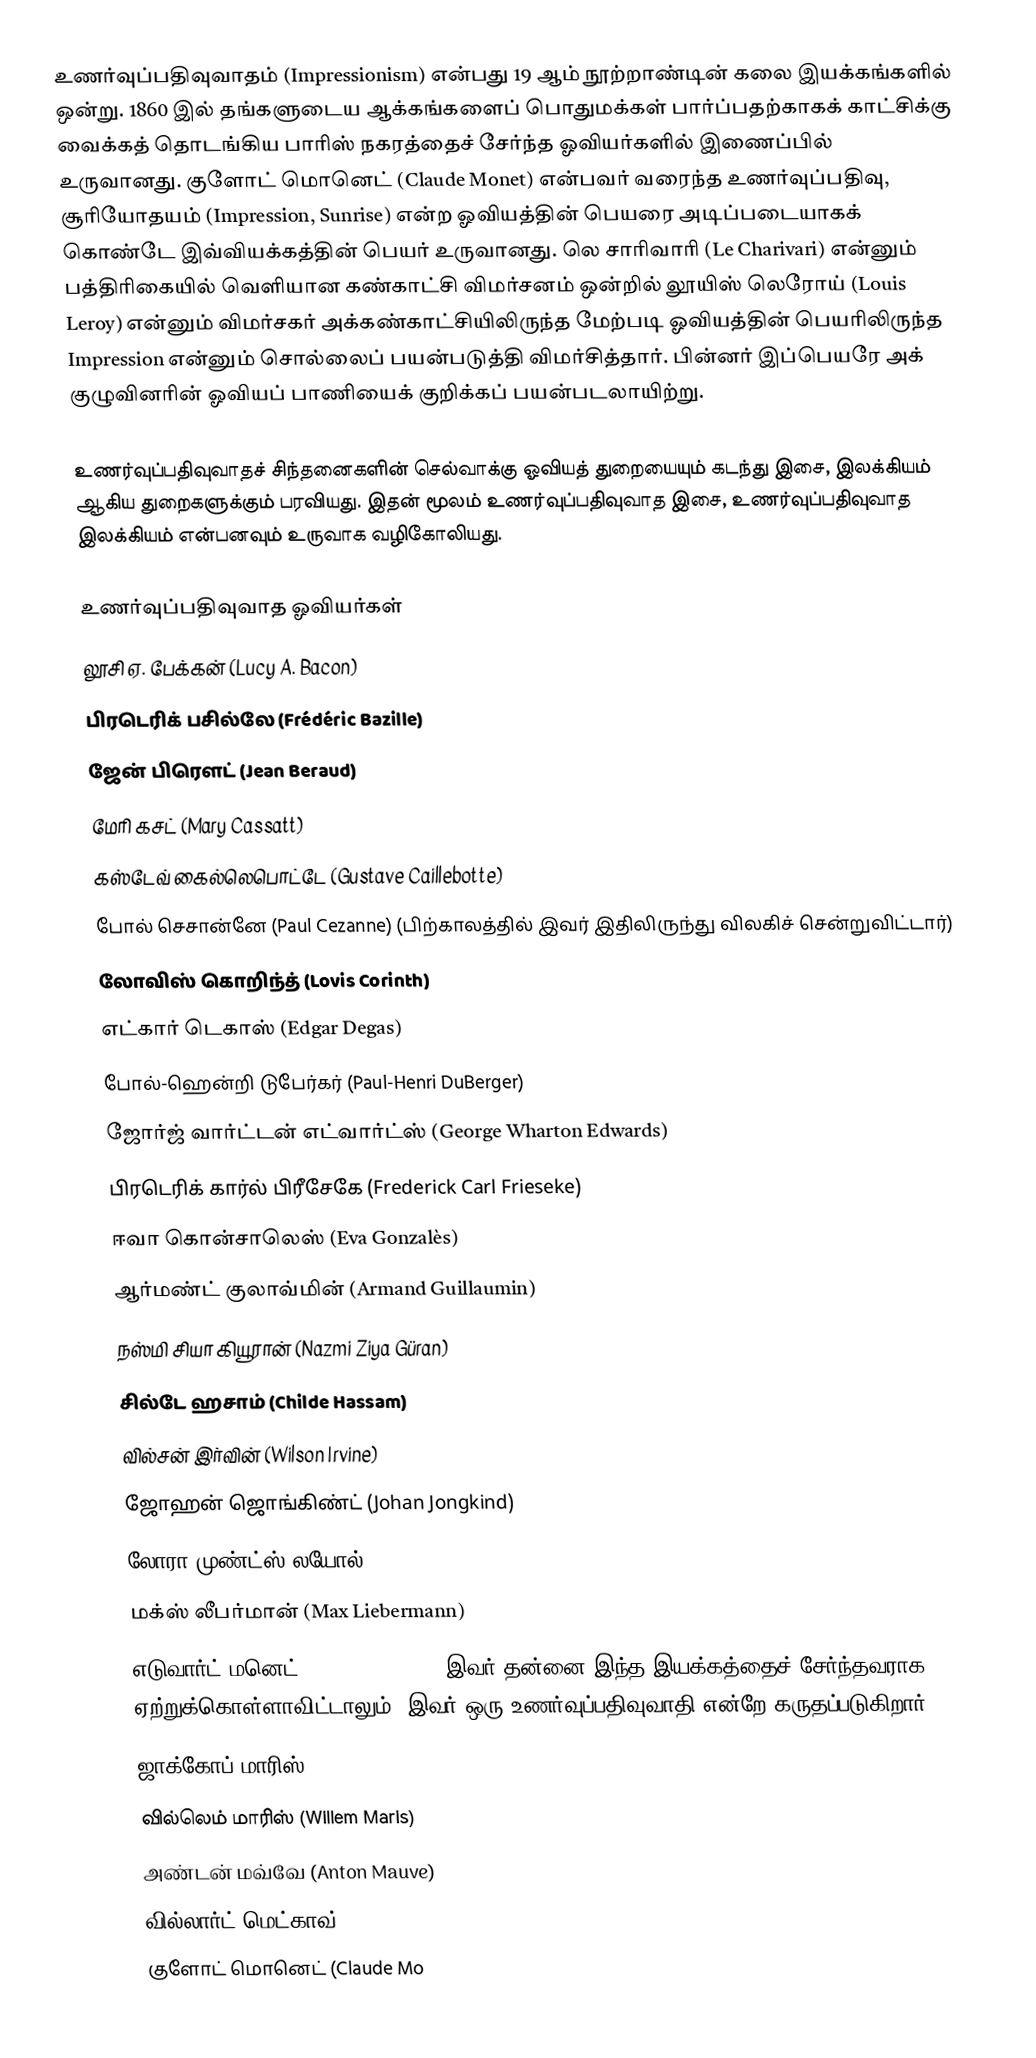
உணர்வுப்பதிவுவாதம் (Impressionism) என்பது 19 ஆம் நூற்றாண்டின் கலை இயக்கங்களில் ஒன்று. 1860 இல் தங்களுடைய ஆக்கங்களைப் பொதுமக்கள் பார்ப்பதற்காகக் காட்சிக்கு வைக்கத் தொடங்கிய பாரிஸ் நகரத்தைச் சேர்ந்த ஓவியர்களில் இணைப்பில் உருவானது. குளோட் மொனெட் (Claude Monet) என்பவர் வரைந்த உணர்வுப்பதிவு, சூரியோதயம் (Impression, Sunrise) என்ற ஓவியத்தின் பெயரை அடிப்படையாகக் கொண்டே இவ்வியக்கத்தின் பெயர் உருவானது. லெ சாரிவாரி (Le Charivari) என்னும் பத்திரிகையில் வெளியான கண்காட்சி விமர்சனம் ஒன்றில் லூயிஸ் லெரோய் (Louis Leroy) என்னும் விமர்சகர் அக்கண்காட்சியிலிருந்த மேற்படி ஓவியத்தின் பெயரிலிருந்த Impression என்னும் சொல்லைப் பயன்படுத்தி விமர்சித்தார். பின்னர் இப்பெயரே அக் குழுவினரின் ஓவியப் பாணியைக் குறிக்கப் பயன்படலாயிற்று.

உணர்வுப்பதிவுவாதச் சிந்தனைகளின் செல்வாக்கு ஓவியத் துறையையும் கடந்து இசை, இலக்கியம் ஆகிய துறைகளுக்கும் பரவியது. இதன் மூலம் உணர்வுப்பதிவுவாத இசை, உணர்வுப்பதிவுவாத இலக்கியம் என்பனவும் உருவாக வழிகோலியது.

உணர்வுப்பதிவுவாத ஓவியர்கள்
 லூசி ஏ. பேக்கன் (Lucy A. Bacon)
 பிரடெரிக் பசில்லே (Frédéric Bazille)
 ஜேன் பிரௌட் (Jean Beraud)
 மேரி கசட் (Mary Cassatt)
 கஸ்டேவ் கைல்லெபொட்டே (Gustave Caillebotte)
 போல் செசான்னே (Paul Cezanne) (பிற்காலத்தில் இவர் இதிலிருந்து விலகிச் சென்றுவிட்டார்)
 லோவிஸ் கொறிந்த் (Lovis Corinth)
 எட்கார் டெகாஸ் (Edgar Degas)
 போல்-ஹென்றி டுபேர்கர் (Paul-Henri DuBerger)
 ஜோர்ஜ் வார்ட்டன் எட்வார்ட்ஸ் (George Wharton Edwards)
 பிரடெரிக் கார்ல் பிரீசேகே (Frederick Carl Frieseke)
 ஈவா கொன்சாலெஸ் (Eva Gonzalès)
 ஆர்மண்ட் குலாவ்மின் (Armand Guillaumin)
 நஸ்மி சியா கியூரான் (Nazmi Ziya Güran)
 சில்டே ஹசாம் (Childe Hassam)
 வில்சன் இர்வின் (Wilson Irvine)
 ஜோஹன் ஜொங்கிண்ட் (Johan Jongkind)
 லோரா முண்ட்ஸ் லயோல் (Laura Muntz Lyall)
 மக்ஸ் லீபர்மான் (Max Liebermann)
 எடுவார்ட் மனெட் (Édouard Manet) (இவர் தன்னை இந்த இயக்கத்தைச் சேர்ந்தவராக ஏற்றுக்கொள்ளாவிட்டாலும், இவர் ஒரு உணர்வுப்பதிவுவாதி என்றே கருதப்படுகிறார்)
 ஜாக்கோப் மாரிஸ் (Jacob Maris)
 வில்லெம் மாரிஸ் (Willem Maris)
 அண்டன் மவ்வே (Anton Mauve)
 வில்லார்ட் மெட்காவ் (Willard Metcalf)
 குளோட் மொனெட் (Claude Mo